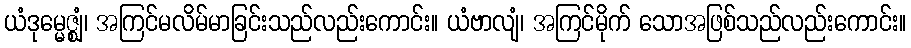
ယံဒုမ္မေဇ္ဈံ၊ အကြင်မလိမ်မာခြင်းသည်လည်းကောင်း။ ယံဗာလျံ၊ အကြင်မိုက် သောအဖြစ်သည်လည်းကောင်း။